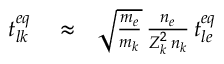
\begin{array} { r l r } { t _ { l k } ^ { e q } } & { { } \approx } & { \sqrt { \frac { m _ { e } } { m _ { k } } } \, \frac { n _ { e } } { Z _ { k } ^ { 2 } \, n _ { k } } \, t _ { l e } ^ { e q } } \end{array}